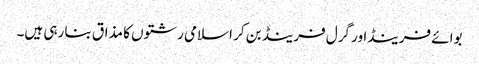
بوائے فرینڈاور گرل فرینڈ بن کر اسلامی رشتوں کا مذاق بنا رہی ہیں۔